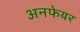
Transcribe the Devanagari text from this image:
अनफेयर